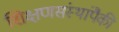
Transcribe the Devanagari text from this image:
शिक्षणसंस्थांपैकी